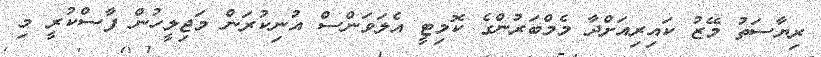
ރިޔާސަތު މޭޒު ކައިރިއަށްދާ މެމްބަރުންގެ ކޮމިޓީ އެލަވަންސް އުނިކުރަން މަޖިލީހުން ފާސްކުރީ މި